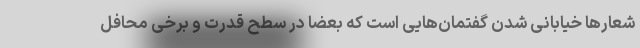
شعارها خیابانی شدن گفتمان‌هایی است که بعضا در سطح قدرت و برخی محافل